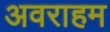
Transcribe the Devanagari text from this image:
अवराहम